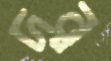
দুর